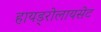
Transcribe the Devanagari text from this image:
हायड्रोलायसेट